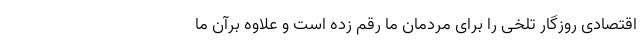
اقتصادی روزگار تلخی را برای مردمان ما رقم زده است و علاوه برآن ما